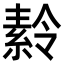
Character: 𬗪